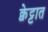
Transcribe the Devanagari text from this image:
क्वेट्टात